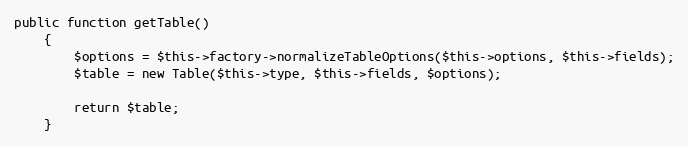
Language: PHP
public function getTable()
    {
        $options = $this->factory->normalizeTableOptions($this->options, $this->fields);
        $table = new Table($this->type, $this->fields, $options);

        return $table;
    }